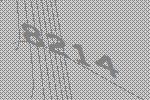
8214